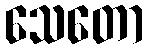
သေတော